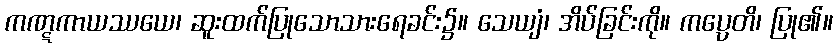
ကဏ္ဋကာယဿယေ၊ ဆူးထက်ပြုသောသားရေခင်း၌။ သေယျံ၊ အိပ်ခြင်းကို။ ကပ္ပေတိ၊ ပြု၏။